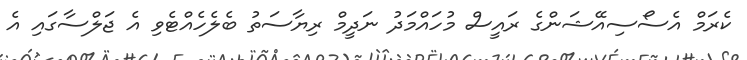
ކެރަމް އެސޯސިއޭޝަންގެ ރައީސް މުހައްމަދު ނަދީމް ރިޔާސަތު ބެލެހެއްޓެވި އެ ޖަލްސާގައި އެ